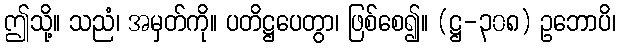
ဤသို့။ သညံ၊ အမှတ်ကို။ ပတိဋ္ဌပေတွာ၊ ဖြစ်စေ၍။ (ဋ္ဌ-၃၀၈) ဥဘောပိ၊